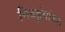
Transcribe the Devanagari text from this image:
निवडुंगांच्या